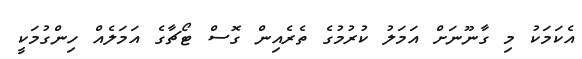
އެކަމަކު މި ގާނޫނަށް އަމަލު ކުރުމުގެ ތެރެއިން ގޮސް ޓޯޗާގެ އަމަލެއް ހިންގުމަކީ